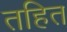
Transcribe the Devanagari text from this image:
तहित